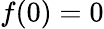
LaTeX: f(0)=0